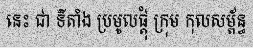
នេះ ជា ទីតាំង ប្រមូលផ្តុំ ក្រុម កុលសម្ព័ន្ធ